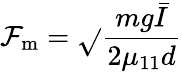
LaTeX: \mathcal{F}_{\mathrm{{m}}}=\sqrt{}{{\frac{{mg\bar{{I}}}}{{2\mu_{11}d}}}}